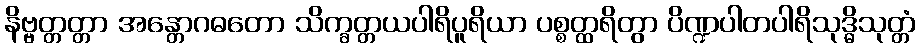
နိဗ္ဗတ္တတ္တာ အန္တောဂဓတော သိက္ခတ္တယပါရိပူရိယာ ပစ္စတ္ထရိတွာ ပိဏ္ဍပါတပါရိသုဒ္ဓိသုတ္တံ